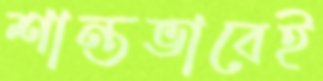
শান্তভাবেই